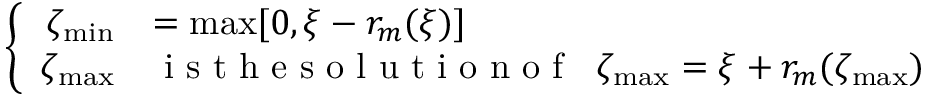
\left\{ \begin{array} { r l l } { \zeta _ { \operatorname* { m i n } } } & { = \operatorname* { m a x } [ 0 , \xi - r _ { m } ( \xi ) ] \medskip } \\ { \zeta _ { \operatorname* { m a x } } } & { \mathrm { ~ i ~ s ~ t ~ h ~ e ~ s ~ o ~ l ~ u ~ t ~ i ~ o ~ n ~ o ~ f ~ } \; \; \zeta _ { \operatorname* { m a x } } = \xi + r _ { m } ( \zeta _ { \operatorname* { m a x } } ) } \end{array} \right.